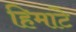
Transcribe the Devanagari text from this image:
हिमांटे